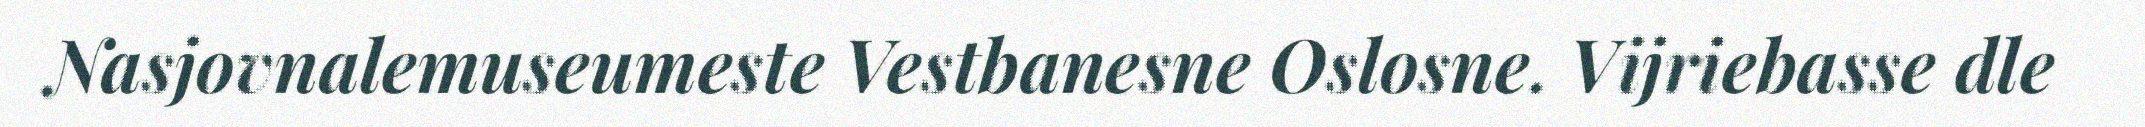
Nasjovnalemuseumeste Vestbanesne Oslosne. Vijriebasse dle